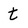
Character: t